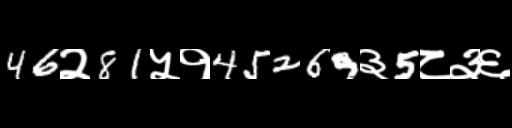
Text: 46२81५१45269३5८३६